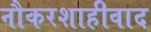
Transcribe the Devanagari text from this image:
नौकरशाहीवाद